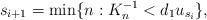
LaTeX: \begin{align*}s_{i+1}=\min\{n: K_{n}^{-1}<d_1u_{s_{i}}\},\end{align*}